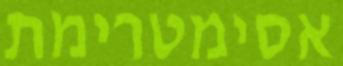
אסימטרימת